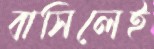
বাসিলেই